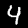
Digit: 4